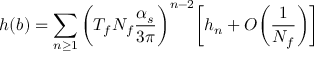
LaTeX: h ( b ) = \sum _ { n \geq 1 } \bigg ( T _ { f } N _ { f } \frac { \alpha _ { s } } { 3 \pi } \bigg ) ^ { n - 2 } \bigg [ h _ { n } + O \bigg ( \frac { 1 } { N _ { f } } \bigg ) \bigg ]